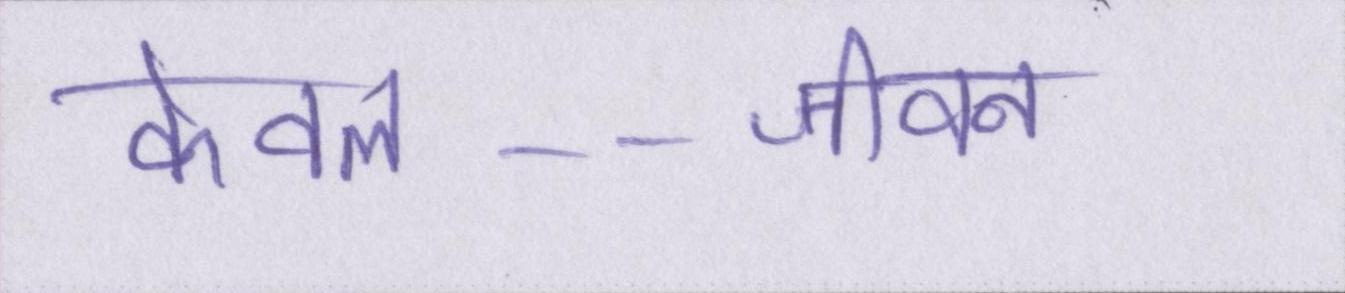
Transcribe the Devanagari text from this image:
केवल--जीवन